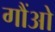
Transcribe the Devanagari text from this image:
गौंओ